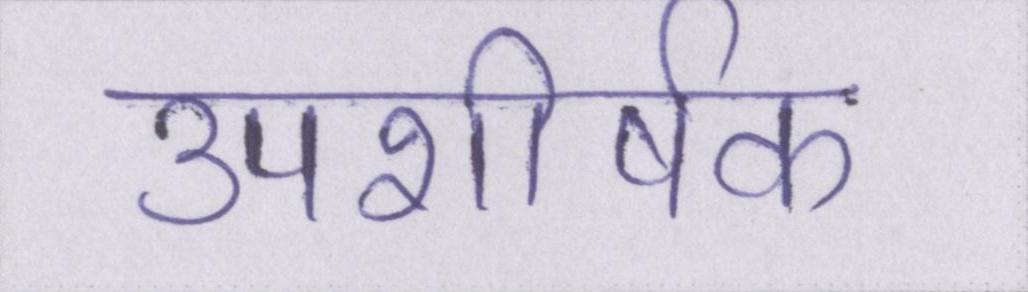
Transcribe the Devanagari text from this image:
उपशीर्षक